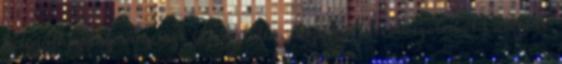
betegállomány után azt tapasztalta, hogy "a kisebb szobából kidobták